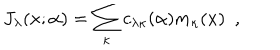
LaTeX: J _ { \lambda } ( x ; \alpha ) = \sum _ { \kappa } c _ { \lambda \kappa } ( \alpha ) m _ { \kappa } ( x ) \, \, \, ,